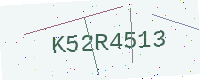
Text: K52R4513